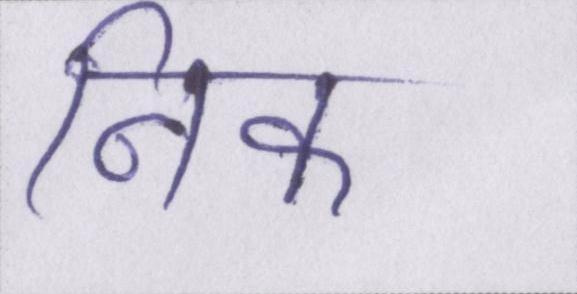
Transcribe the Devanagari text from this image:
निक